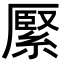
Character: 𦃢